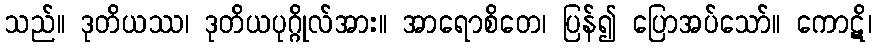
သည်။ ဒုတိယဿ၊ ဒုတိယပုဂ္ဂိုလ်အား။ အာရောစိတေ၊ ပြန်၍ ပြောအပ်သော်။ ကောဋိ၊